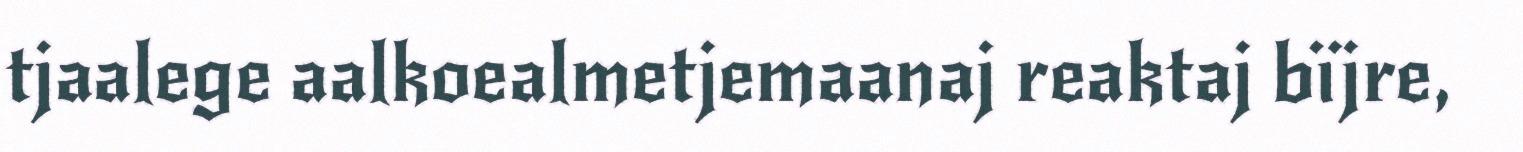
tjaalege aalkoealmetjemaanaj reaktaj bïjre,